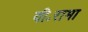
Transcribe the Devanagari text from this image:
वी॰रामा